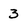
Character: 3